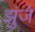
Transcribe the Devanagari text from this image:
झुंजे